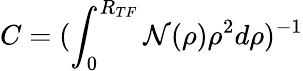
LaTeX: C=(\int_{0}^{R_{TF}}\mathcal{N}(\rho)\rho^{2}d\rho)^{-1}